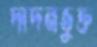
দাদনভুক্ত